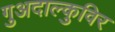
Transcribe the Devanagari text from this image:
गुअदाल्कुविर